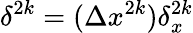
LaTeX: \delta^{2k}=(\Delta x^{2k})\delta_{x}^{2k}